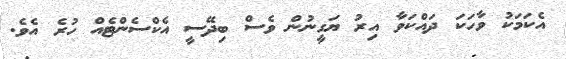
އެކަމަކު ވާހަކަ ދައްކަވާ އިރު ޔަގީނުން ވެސް ބިދޭސީ އެކްސެންޓެއް ހުރެ އެވެ.